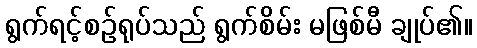
ရွက်ရင့်စဉ်ရုပ်သည် ရွက်စိမ်း မဖြစ်မီ ချုပ်၏။